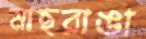
মাছরাঙা